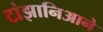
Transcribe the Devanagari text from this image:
टांझानिआने